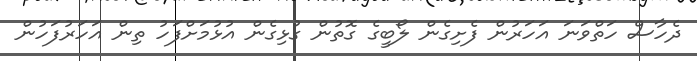
ދެހާސް ހަތްވަނަ އަހަރުން ފެށިގެން ލޯބީގެ ގޮތުން ގުޅިގެން އުޅުމަށްފަހު ތިން އަހަރުފަހުން